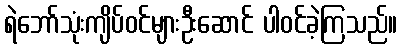
ရဲဘော်သုံးကျိပ်ဝင်များဦးဆောင် ပါဝင်ခဲ့ကြသည်။